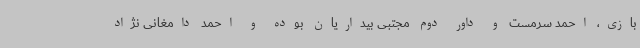
بازی، احمد سرمست و داور دوم مجتبی بیداریان بوده و احمد دامغانی نژاد